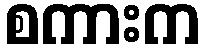
စကားက